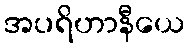
အပရိဟာနီယေ